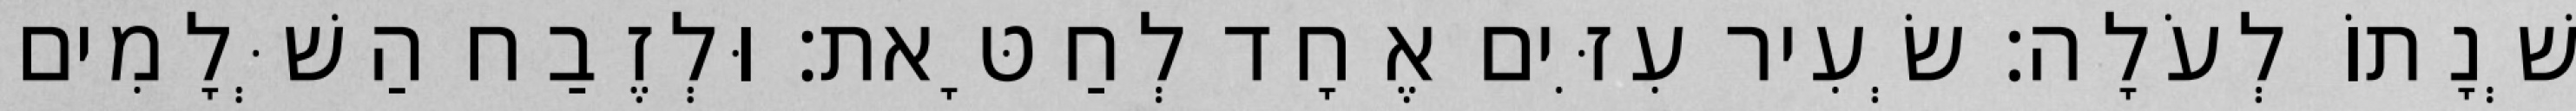
שְׁנָתוֹ לְעֹלָה׃ שְׂעִיר עִזִּים אֶחָד לְחַטָּאת׃ וּלְזֶבַח הַשְּׁלָמִים